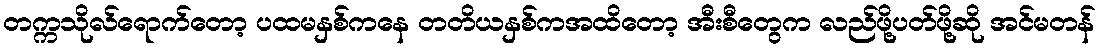
တက္ကသိုလ်ရောက်တော့ ပထမနှစ်ကနေ တတိယနှစ်ကအထိတော့ အီးစီတွေက လည်ဖို့ပတ်ဖို့ဆို အင်မတန်